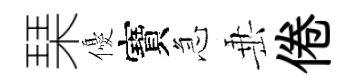
琹優寶急𡸁倦